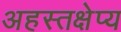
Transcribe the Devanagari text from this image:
अहस्तक्षेप्य